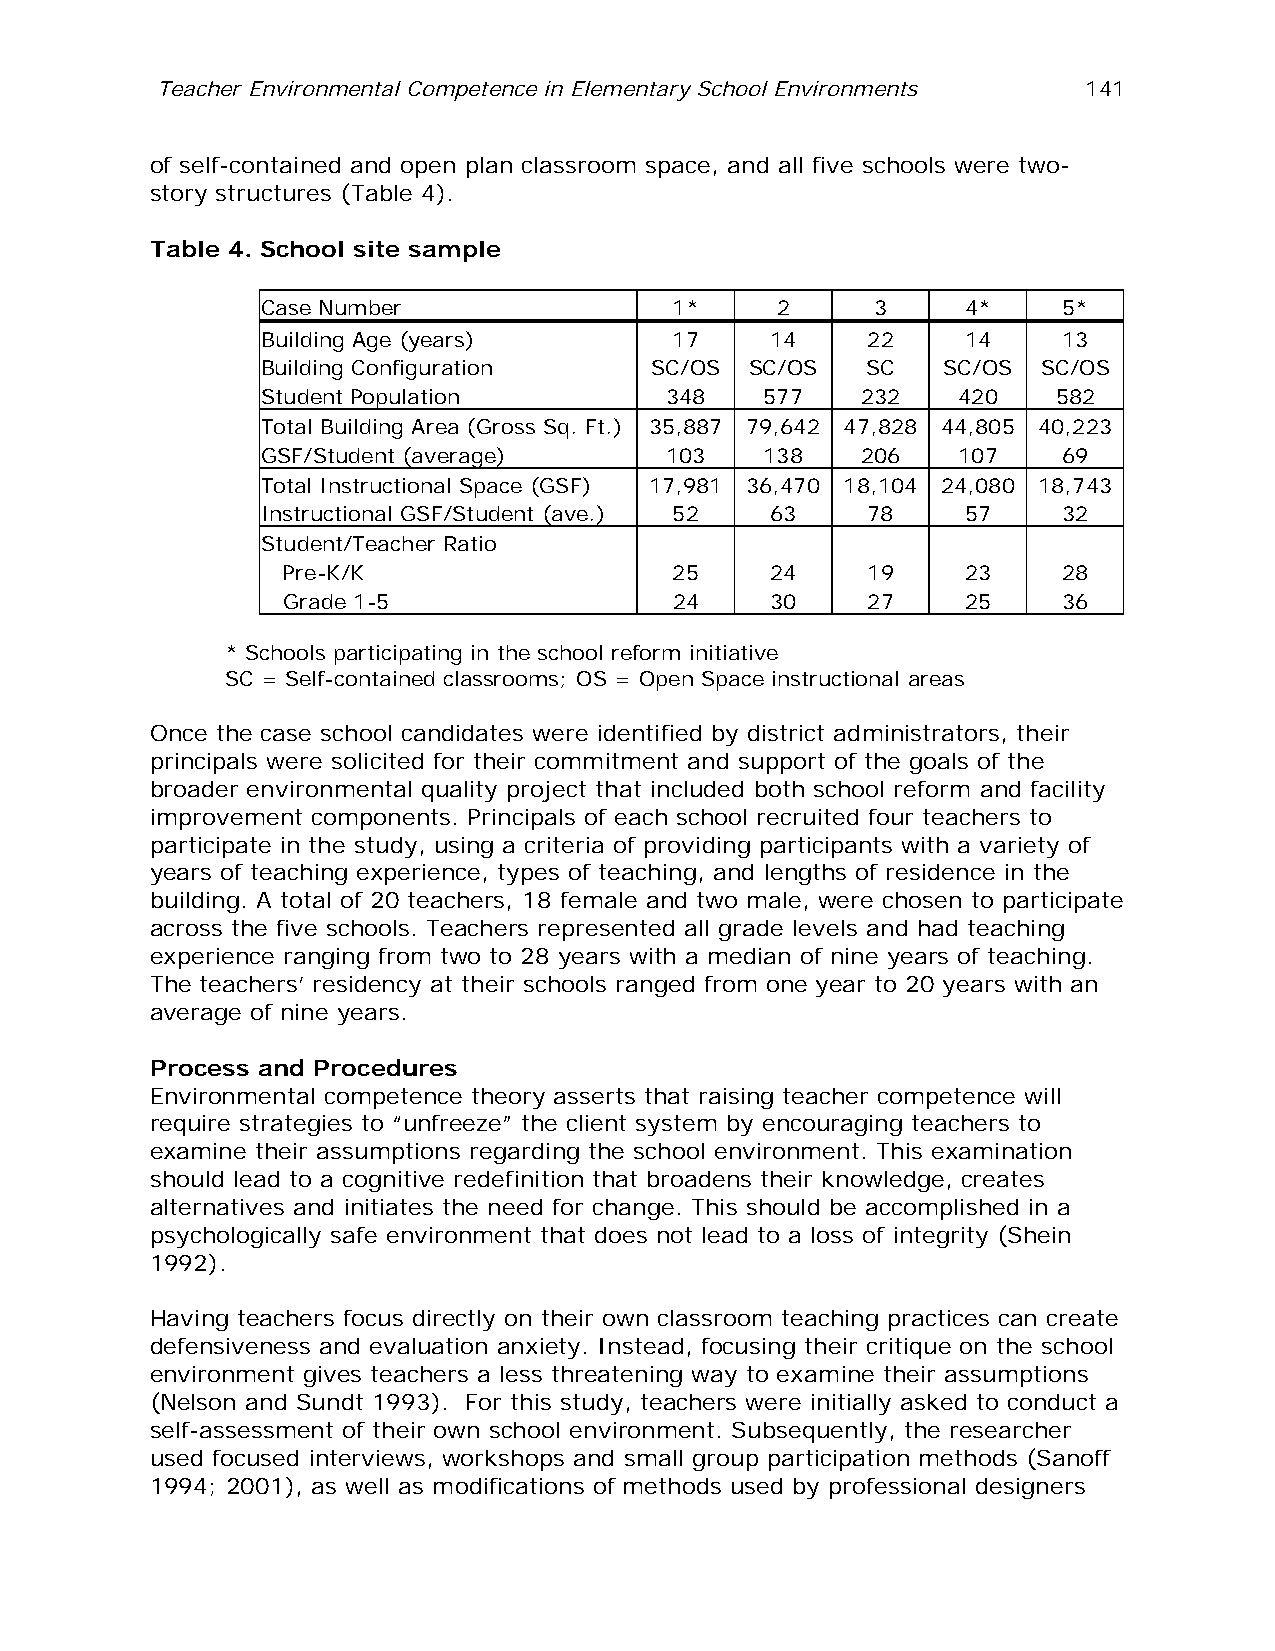
Teacher Environmental Competence in Elementary School Environments 141
 of self-contained and open plan classroom space, and all five schools were two-
 story structures (Table 4).
 Table 4. School site sample
 Case Number                 1*    2      3     4*    5*
 Building Age (years)        17    14    22     14    13
 Building Configuration    SC/OS  SC/OS  SC   SC/OS  SC/OS
 Student Population         348    577   232   420    582
 Total Building Area (Gross Sq. Ft.) 35,887 79,642 47,828 44,805 40,223
 GSF/Student (average)      103    138   206   107    69
 Total Instructional Space (GSF) 17,981 36,470 18,104 24,080 18,743
 Instructional GSF/Student (ave.) 52 63  78     57    32
 Student/Teacher Ratio
 Pre-K/K                   25    24    19     23    28
 Grade 1-5                 24    30    27     25    36
 * Schools participating in the school reform initiative
 SC = Self-contained classrooms; OS = Open Space instructional areas
 Once the case school candidates were identified by district administrators, their
 principals were solicited for their commitment and support of the goals of the
 broader environmental quality project that included both school reform and facility
 improvement components. Principals of each school recruited four teachers to
 participate in the study, using a criteria of providing participants with a variety of
 years of teaching experience, types of teaching, and lengths of residence in the
 building. A total of 20 teachers, 18 female and two male, were chosen to participate
 across the five schools. Teachers represented all grade levels and had teaching
 experience ranging from two to 28 years with a median of nine years of teaching.
 The teachers’ residency at their schools ranged from one year to 20 years with an
 average of nine years.
 Process and Procedures
 Environmental competence theory asserts that raising teacher competence will
 require strategies to “unfreeze” the client system by encouraging teachers to
 examine their assumptions regarding the school environment. This examination
 should lead to a cognitive redefinition that broadens their knowledge, creates
 alternatives and initiates the need for change. This should be accomplished in a
 psychologically safe environment that does not lead to a loss of integrity (Shein
 1992).
 Having teachers focus directly on their own classroom teaching practices can create
 defensiveness and evaluation anxiety. Instead, focusing their critique on the school
 environment gives teachers a less threatening way to examine their assumptions
 (Nelson and Sundt 1993). For this study, teachers were initially asked to conduct a
 self-assessment of their own school environment. Subsequently, the researcher
 used focused interviews, workshops and small group participation methods (Sanoff
 1994; 2001), as well as modifications of methods used by professional designers